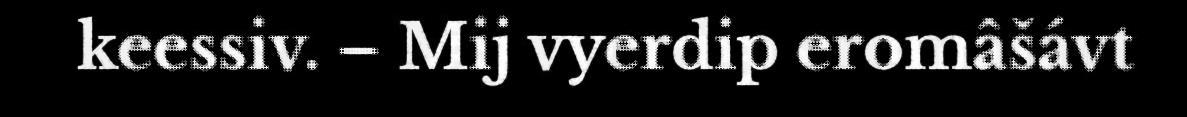
keessiv. – Mij vyerdip eromâšávt